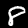
Label: 8